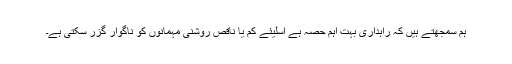
ہم سمجھتے ہیں کہ راہداری بہت اہم حصہ ہے اسلیئے کم یا ناقص روشنی مہمانوں کو ناگوار گزر سکتی ہے۔